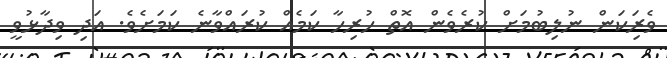
ވެރިަކަން ނުލިބުމަށް ކުރެވެން އޮތް ހުރިހާ ކަމެއް ކުރައްވާނެ ކަމަށެވެ. އަދި ވިދާޅުވީ